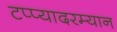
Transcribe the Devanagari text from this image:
टप्प्यादरम्यान